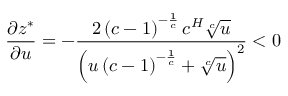
\frac { \partial z ^ { * } } { \partial u } = - \frac { 2 \left( c - 1 \right) ^ { - \frac { 1 } { c } } c ^ { H } \sqrt [ c ] { u } } { \left( u \left( c - 1 \right) ^ { - \frac { 1 } { c } } + \sqrt [ c ] { u } \right) ^ { 2 } } < 0